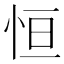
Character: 恒